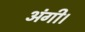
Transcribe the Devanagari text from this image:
अंगी।